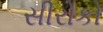
સીરોકો